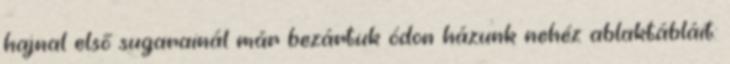
hajnal első sugarainál már bezártuk ódon házunk nehéz ablaktábláit: